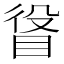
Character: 𥆛